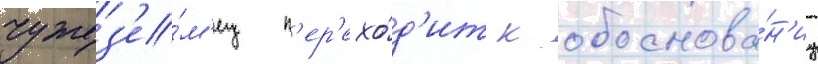
чужез'е́м'ец п'ер'ехо́д'ит к обоснова́н'иу